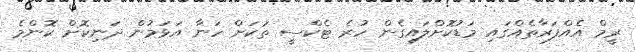
ރީމް އެއްފަރާތެއްގައި މަޑުކޮށްލައިގެން ހުރެ ޓެކްސީ ތަކަށް ހަނާ އަޅަމުން ދަނިކޮށް ކޮންމެ